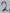
Text: 2